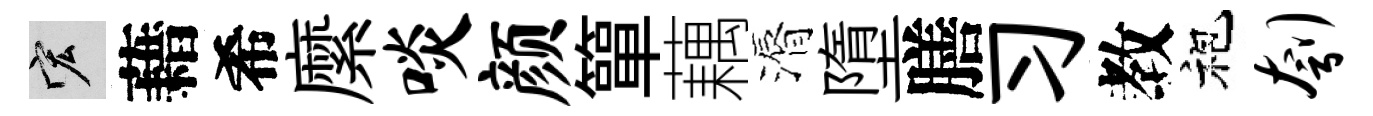
宏藉希縻啖颜簞藕漘墮膳习教袍刳